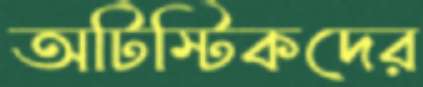
অটিস্টিকদের